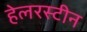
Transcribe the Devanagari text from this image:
हेलरस्टीन